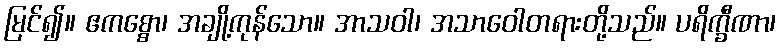
မြင်၍။ ဧကစ္စော၊ အချို့ကုန်သော။ အာသဝါ၊ အသာဝေါတရားတို့သည်။ ပရိက္ခီဏာ၊